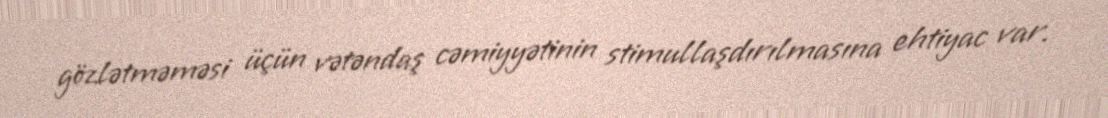
gözlətməməsi üçün vətəndaş cəmiyyətinin stimullaşdırılmasına ehtiyac var.